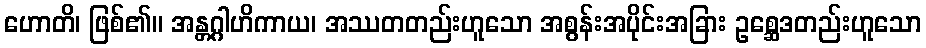
ဟောတိ၊ ဖြစ်၏။ အန္တဂ္ဂါဟိကာယ၊ အဿတတည်းဟူသော အစွန်းအပိုင်းအခြား ဥစ္ဆေဒတည်းဟူသော